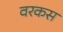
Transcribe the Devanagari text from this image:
वरकस